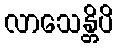
လာသေန္တိပိ